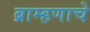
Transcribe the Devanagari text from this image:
ब्राम्हणाचे